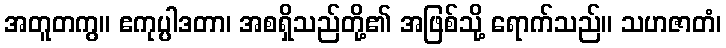
အတူတကွ။ ဧကုပ္ပါဒတာ၊ အစရှိသည်တို့၏ အဖြစ်သို့ ရောက်သည်။ သဟဇာတံ၊